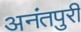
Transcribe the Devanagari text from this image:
अनंतपुरी